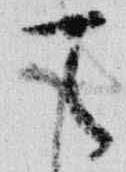
天